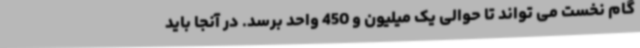
گام نخست می تواند تا حوالی یک میلیون و 450 واحد برسد. در آنجا باید